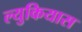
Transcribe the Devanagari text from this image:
ल्युकियास